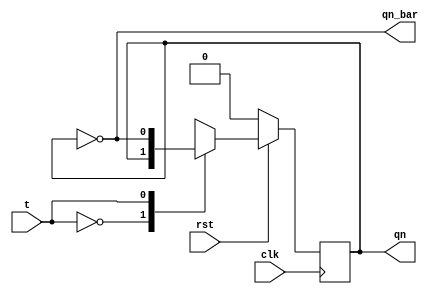
`timescale 1ns / 1ps
//////////////////////////////////////////////////////////////////////////////////
// Company: 
// Engineer: 
// 
// Design Name: 
// Module Name: T_flipflop
// Project Name: 
// Target Devices: 
// Tool Versions: 
// Description: 
// 
// Dependencies: 
// 
// Revision:
// Revision 0.01 - File Created
// Additional Comments:
// 
//////////////////////////////////////////////////////////////////////////////////


module T_flipflop(
    input t,
    input clk,
    input rst,
    output reg qn,
    output qn_bar
    );
    always @(posedge clk) 
    begin 
    if(!rst) 
    begin 
        qn=0;
    end
    else 
    begin
    case(t)
    0:qn=qn;
    1:qn=~qn;
    endcase
    end
    end
    assign qn_bar=~qn;
endmodule